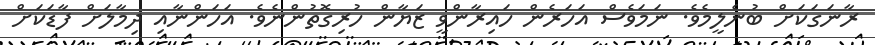
ރާނަގަކަށް ބުނެލީމެވެ. ނަމަވެސް އަހަރެން ހައިރާންވީ ޒަޔާން ހުރިގޮތުންނެވެ. އަހަންނާއި ދިމާލަށް ފާޑަކަށް